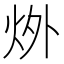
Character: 𪸟